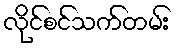
လိုင်စင်သက်တမ်း